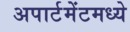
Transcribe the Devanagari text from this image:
अपार्टमेंटमध्ये